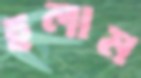
হলাম